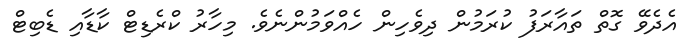
އެދެވޭ ގޮތް ތައާރަފު ކުރަމުން ދިވެހިން ހެއްވަމުންނެވެ. މިހާރު ކްރެޑިޓް ކާޑާއި ޑެބިޓް